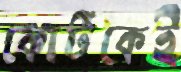
কোর্টকেই